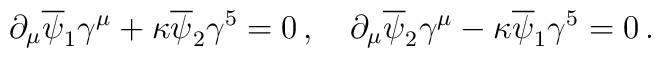
\partial_\mu \overline \psi_1 \gamma^\mu +\kappa \overline\psi_2 \gamma^5= 0\, ,\quad\partial_\mu \overline \psi_2 \gamma^\mu -\kappa \overline\psi_1 \gamma^5= 0\, .